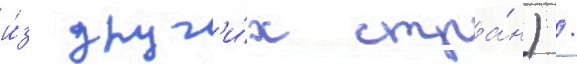
и́з друг'и́х стра́н) /